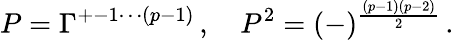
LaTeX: P=\Gamma^{+-1\cdots(p-1)}\, ,\quad P^{2}=(-)^{\frac{(p-1)(p-2)}{2}}\, .